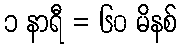
၁ နာရီ = ၆၀ မိနစ်